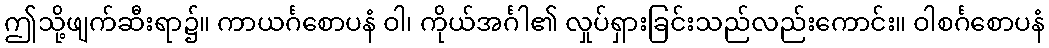
ဤသို့ဖျက်ဆီးရာ၌။ ကာယင်္ဂစောပနံ ဝါ၊ ကိုယ်အင်္ဂါ၏ လှုပ်ရှားခြင်းသည်လည်းကောင်း။ ဝါစင်္ဂစောပနံ